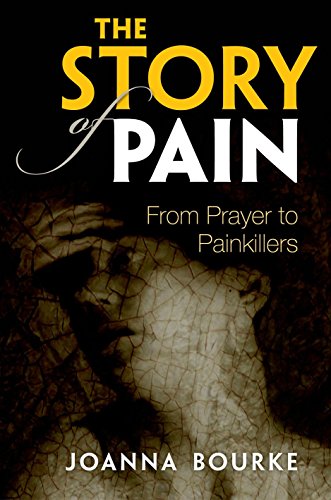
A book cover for The Story of Pain: From Prayer to Painkillers; Joanna Bourke; Medical Books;